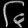
Digit: ၆